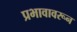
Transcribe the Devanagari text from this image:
प्रभावावरून